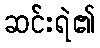
ဆင်းရဲ၏